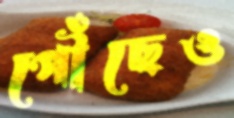
পৌঁছেও